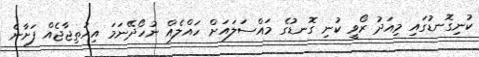
ކުނިގޮނޑުގައި މިއަދު ރޯވީ ކުނި ގޮނޑުގެ މައްސަލައަށް ހައްލެއް ނުހޯދޭނަމަ އިހުތިޖާޖެއް ފަށާނެ